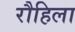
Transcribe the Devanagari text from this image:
रौहिला